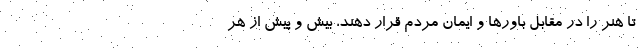
تا هنر را در مقابل باورها و ایمان مردم قرار دهند، بیش و پیش از هر